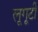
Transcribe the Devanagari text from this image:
लूगूटी